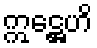
ဣဋ္ဌေဟိ